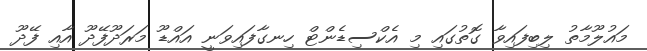
މައުލޫމާތު ލިބިފައިވާ ގޮތުގައި މި އެކްސިޑެންޓް ހިނގާފައިވަނީ އައްޑޫ މަރަދޫފޭދޫ އާއި ފޭދޫ